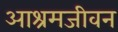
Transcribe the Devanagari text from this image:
आश्रमजीवन